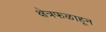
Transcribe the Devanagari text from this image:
क्षेत्रफळाहून